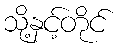
သို့နှင့်တိုင်